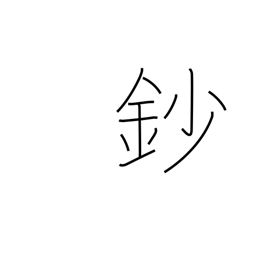
Meaning: 1/10 shaku